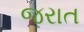
જરાત